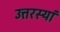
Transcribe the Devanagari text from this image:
उत्तरस्यां